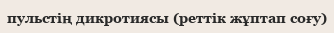
пульстің дикротиясы (реттік жұптап соғу)